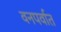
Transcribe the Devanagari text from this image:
वनपर्वात